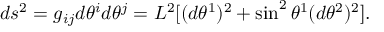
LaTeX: d s ^ { 2 } = g _ { i j } d \theta ^ { i } d \theta ^ { j } = L ^ { 2 } [ ( d \theta ^ { 1 } ) ^ { 2 } + \sin ^ { 2 } \theta ^ { 1 } ( d \theta ^ { 2 } ) ^ { 2 } ] .